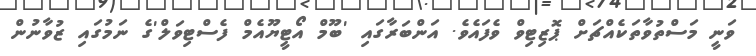
ވަނީ މަސްތުވާތަކެއްޗަށް ޕޮޒިޓިވް ވެފައެވެ. އަންބަރާގައި 'ބޫމް އޯޓީޔޫއެމް ފެސްޓިވަލް'ގެ ނަމުގައި ޒުވާނުން